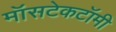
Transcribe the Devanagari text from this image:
मॉसटेकटॉमी